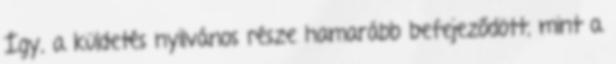
Így, a küldetés nyilvános része hamarább befejeződött, mint a